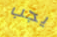
يجب